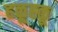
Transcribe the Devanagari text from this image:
हळूह्ळू